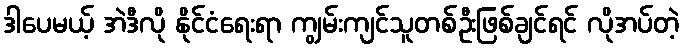
ဒါပေမယ့် အဲဒီလို နိုင်ငံရေးရာ ကျွမ်းကျင်သူတစ်ဦးဖြစ်ချင်ရင် လိုအပ်တဲ့